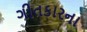
ગીતકારના